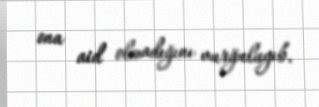
ona aid olmadığını vurğulayıb.